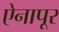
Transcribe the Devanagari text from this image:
ऐनापूर